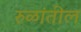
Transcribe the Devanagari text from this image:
रुळांतील